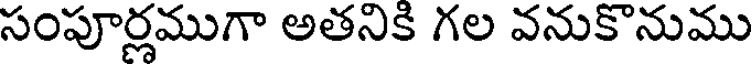
సంపూర్లముగా అతనికి గల వనుకొనుము